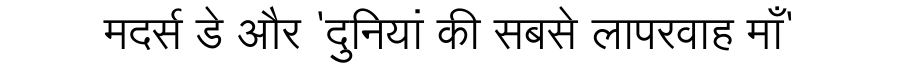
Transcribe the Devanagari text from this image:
मदर्स डे और 'दुनियां की सबसे लापरवाह माँ'